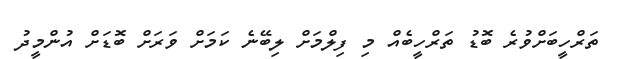
ތަރްހީބަށްވުރެ ބޮޑު ތަރްހީބެއް މި ފިލްމަށް ލިބޭނެ ކަމަށް ވަރަށް ބޮޑަށް އުންމީދު